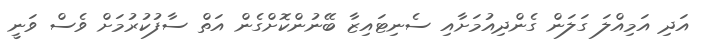
އަދި އަމިއްލަ ގަލަން ގެންދިއުމަށާއި ސެނިޓައިޒާ ބޭނުންކޮށްގެން އަތް ސާފުކުރުމަށް ވެސް ވަނީ